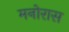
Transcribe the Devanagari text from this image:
मनोरास